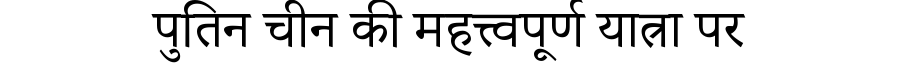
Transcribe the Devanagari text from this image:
पुतिन चीन की महत्त्वपूर्ण यात्रा पर